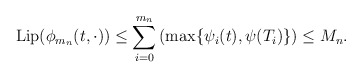
\begin{align*}\mathrm{Lip}(\phi_{m_n}(t, \cdot))\leq \sum_{i=0}^{m_n} \left(\max\{\psi_i (t), \psi (T_i)\}\right) \leq M_n.\end{align*}